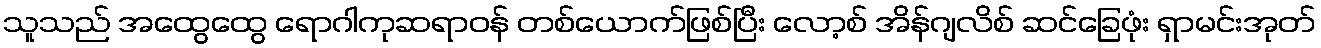
သူသည် အထွေထွေ ရောဂါကုဆရာဝန် တစ်ယောက်ဖြစ်ပြီး လော့စ် အိန်ဂျလိစ် ဆင်ခြေဖုံး ရှာမင်းအုတ်